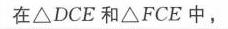
在\(\triangle DCE\)和\(\triangle FCE\)中，